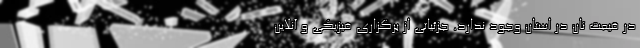
در قیمت نان در استان وجود ندارد. جزئیاتی از برگزاری فیزیکی و آنلاین